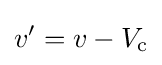
v'=v-V_{\text{c}}